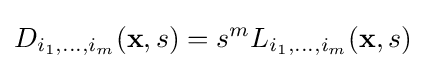
D_{i_{1},\dots ,i_{m}}(\mathbf {x} ,s)=s^{m}L_{i_{1},\dots ,i_{m}}(\mathbf {x} ,s)